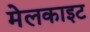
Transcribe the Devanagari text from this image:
मेलकाइट